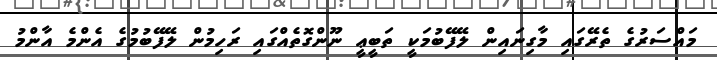
މައްސަރުގެ ތެރޭގައި މާގިނައިން ލޭފޭބުމަކީ ތަބީޢީ ނޫންގޮތެއްގައި ރަހިމުން ލޭފޭބުމުގެ އެންމެ އާންމު